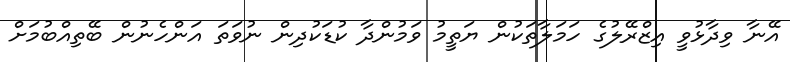
އޭނާ ވިދާޅުވީ އިޒްރޭލުގެ ހަމަލާތަކުން ޔަތީމު ވަމުންދާ ކުޑަކުދިން ނުވަތަ އަންހެނުން ބޭތިއްބުމަށް